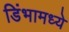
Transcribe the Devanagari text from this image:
डिंभामध्ये